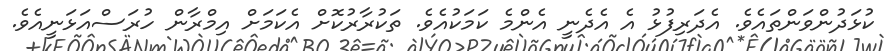
ކުޅަދުންވަންތައެވެ. އެދަރިފުޅު އެ އެދެނީ އެންމެ ކަމަކުއެވެ. ތަކުރާރުކޮށް އެކަމަށް އިމްރާން ހުރަސްއަޅަނީއެވެ.